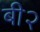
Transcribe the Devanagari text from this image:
बी२